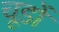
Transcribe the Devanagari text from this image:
चूडों